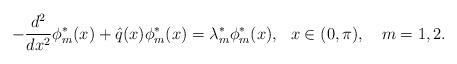
LaTeX: \begin{align*} -\frac{d^2}{dx^2}\phi^*_m(x)+\hat{q}(x)\phi^*_m(x)=\lambda^*_m \phi^*_m(x),\,\,\,\, x\in (0,\pi), ~~~m=1,2.\end{align*}